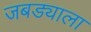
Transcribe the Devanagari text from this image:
जबड्याला